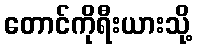
တောင်ကိုရီးယားသို့